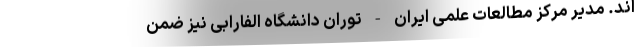
اند. مدیر مرکز مطالعات علمی ایران - توران دانشگاه الفارابی نیز ضمن